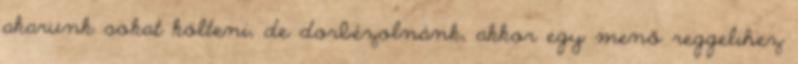
akarunk sokat költeni, de dorbézolnánk, akkor egy menő reggelihez